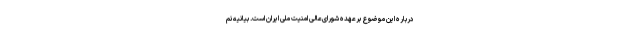
درباره این موضوع برعهده شورای‌عالی امنیت ملی ایران است. بیانیه نم